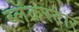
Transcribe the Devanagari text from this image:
ब्लॅकस्टार